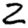
Digit: 2